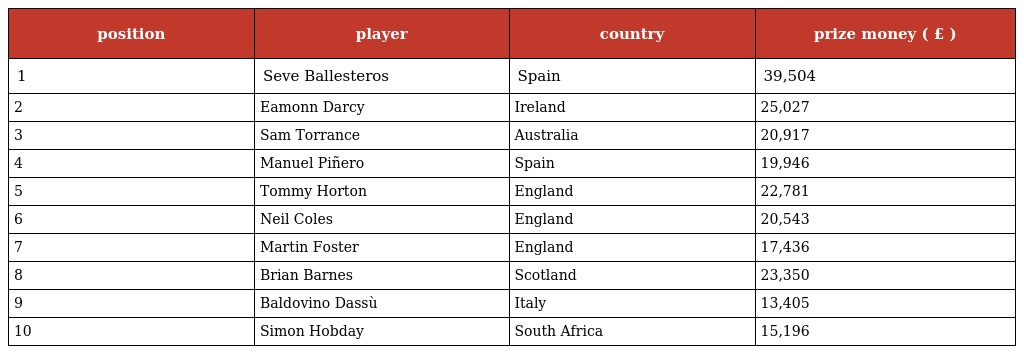
| position | player | country | prize money ( £ ) |
 | --- | --- | --- | --- |
 | 1 | Seve Ballesteros | Spain | 39,504 |
 | 2 | Eamonn Darcy | Ireland | 25,027 |
 | 3 | Sam Torrance | Australia | 20,917 |
 | 4 | Manuel Piñero | Spain | 19,946 |
 | 5 | Tommy Horton | England | 22,781 |
 | 6 | Neil Coles | England | 20,543 |
 | 7 | Martin Foster | England | 17,436 |
 | 8 | Brian Barnes | Scotland | 23,350 |
 | 9 | Baldovino Dassù | Italy | 13,405 |
 | 10 | Simon Hobday | South Africa | 15,196 |